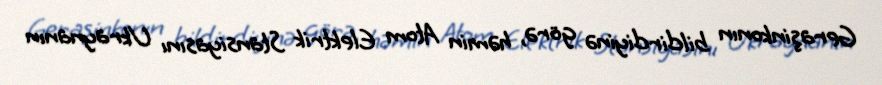
Geraşinkonın bildirdiyinə görə, həmin Atom Elektrik Stansiyasını Ukraynanın